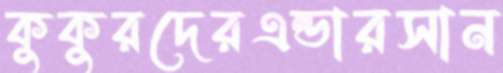
কুকুরদেরএন্ডারসান